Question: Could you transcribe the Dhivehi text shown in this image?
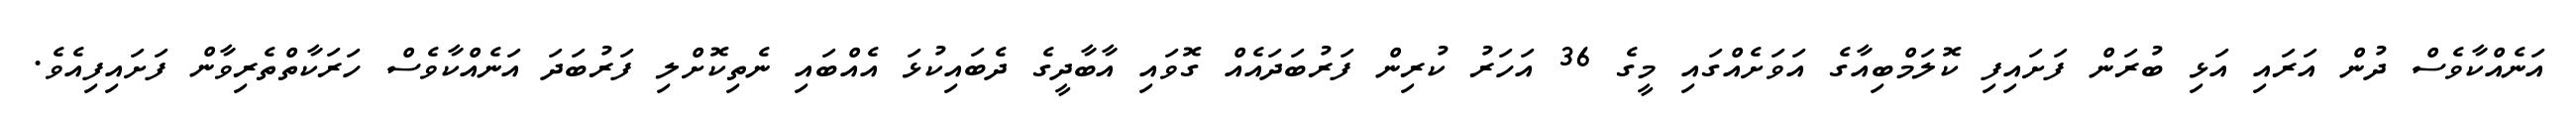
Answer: އަނެއްކާވެސް ދުން އަރައި އަޅި ބުރަން ފަށައިފި ކޮލަމްބިއާގެ އަވަށެއްގައި މީގެ 36 އަހަރު ކުރިން ފަރުބަދައެއް ގޮވައި އާބާދީގެ ދެބައިކުޅަ އެއްބައި ނެތިކޮށްލި ފަރުބަދަ އަނެއްކާވެސް ހަރަކާތްތެރިވާން ފަށައިފިއެވެ.